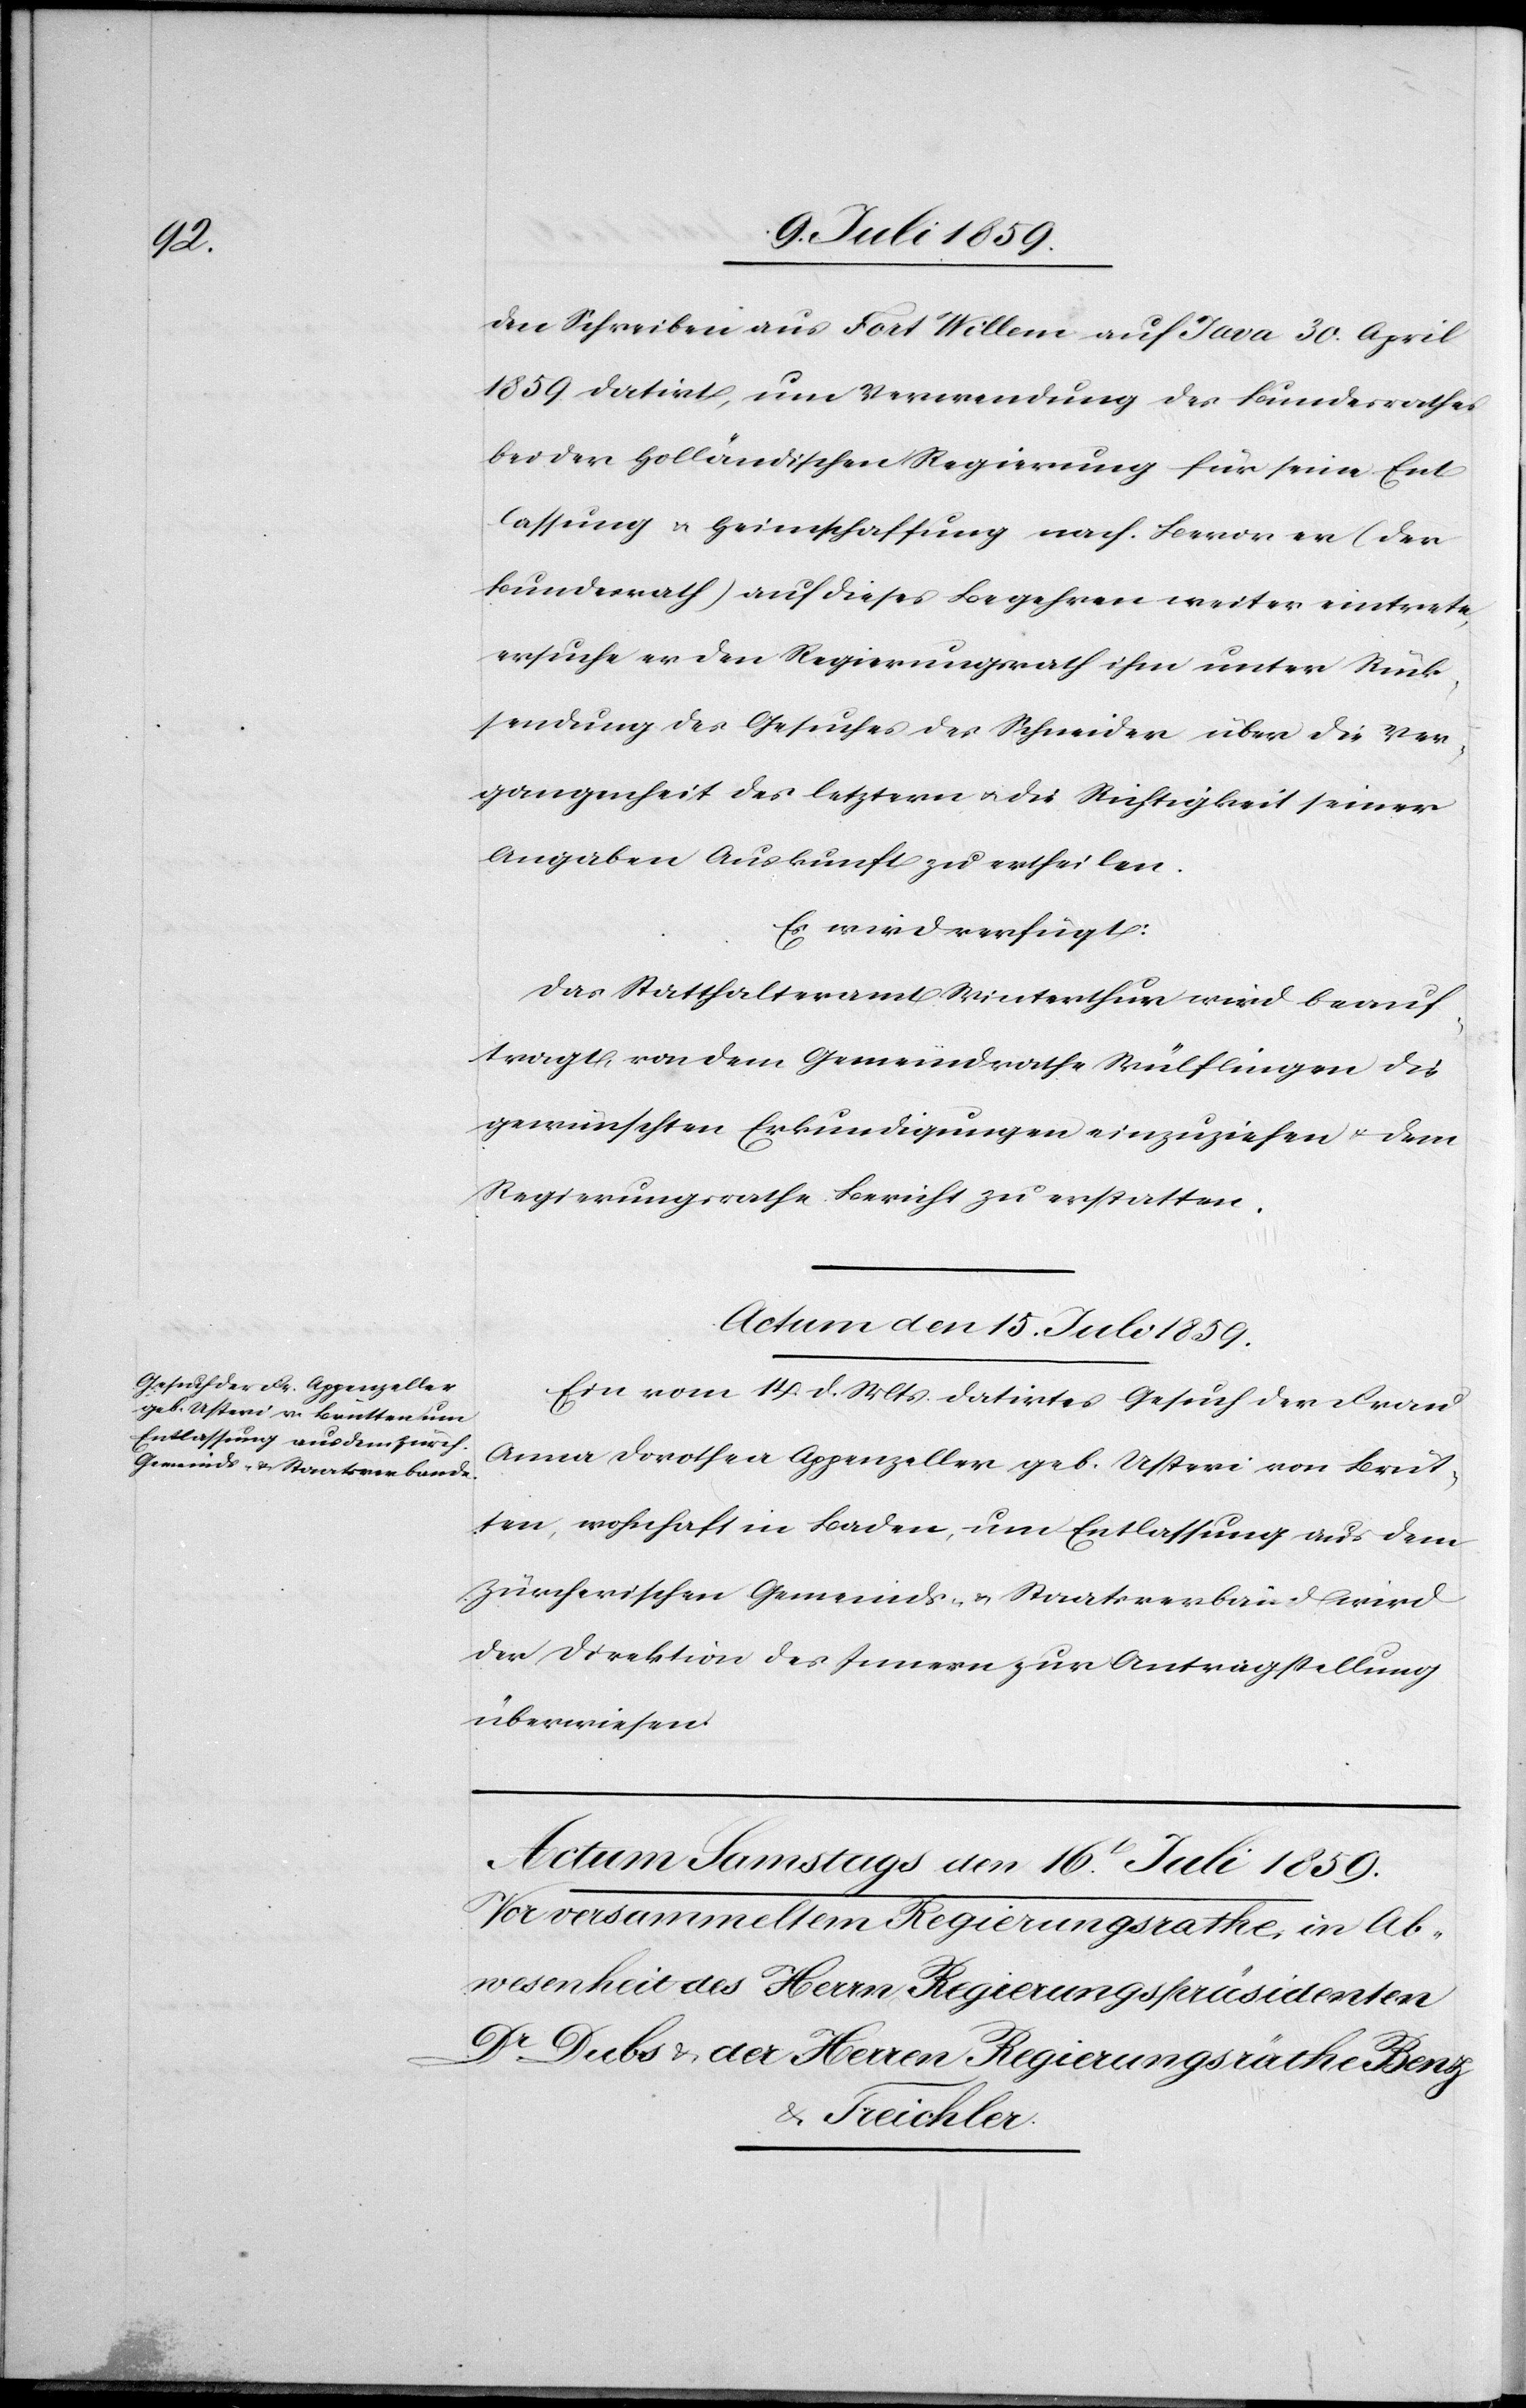
den Schreiben aus Fort Willem auf Java 30. April
1859. datirt, um Verwendung des Bundesrathes
bei der holländischen Regierung für seine Ent¬
lassung u. Heimschaffung nach. Bevor er (der
Bundesrath) auf dieses Begehren weiter eintrete,
ersuche er den Regierungsrath ihm unter Rück¬
sendung des Gesuches des Schneider über die Ver¬
gangenheit des letztern u. der Richtigkeit seiner
Angaben Auskunft zu ertheilen.
Es wird verfügt:
Das Statthalteramt Winterthur wird beauf¬
tragt, von dem Gemeindrathe Wülflingen die
gewünschten Erkundigungen einzuziehen u. dem
Regierungsrathe Bericht zu erstatten.
Actum den 15. Juli 1859.
Ein vom 14. d. Mts. datirtes Gesuch der Frau
Anna Dorothea Appenzeller geb. Usteri von Brüt¬
ten, wohnhaft in Baden, um Entlassung aus dem
Zürcherischen Gemeinds- u. Staatsverbande wird
der Direktion des Innern zur Antragstellung
überwiesen.